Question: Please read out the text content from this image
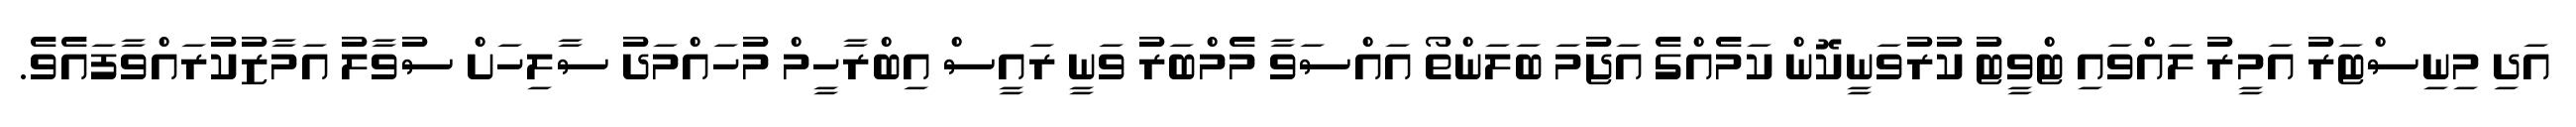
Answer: އަދި މިނިސްޓަރު އަމީރު ލައްވައި ޓްވީޓު ކުރުވަނީކޮން ކަމެއްގެ އަޖުމަ ބަލަންތޯ އައްސަވާ މެމްބަރު ވަނީ ރައީސް އިބްރާހީމް މުހައްމަދު ސާލިހަށް ސުވާލު އަމާޒުކުރައްވާފައެވެ.